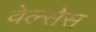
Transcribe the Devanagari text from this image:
वेल्सेस